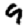
Digit: 9